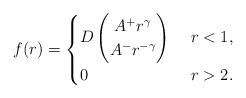
LaTeX: \begin{align*}f(r)= \begin{cases}D\begin{pmatrix}A^+ r^\gamma\\A^- r^{-\gamma}\end{pmatrix} &\ r<1,\\0&\ r>2.\end{cases}\end{align*}